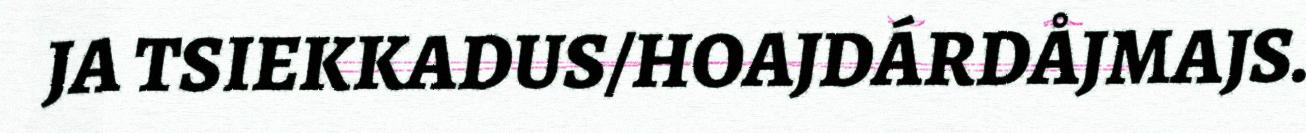
JA TSIEKKADUS/HOAJDÁRDÅJMAJS.